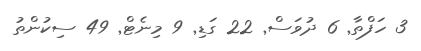
3 ހަފްތާ